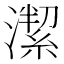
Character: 𱩛